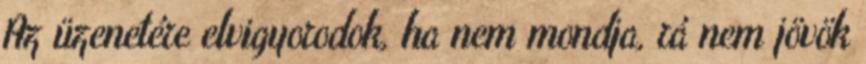
Az üzenetére elvigyorodok, ha nem mondja, rá nem jövök